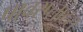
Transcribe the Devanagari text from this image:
पावरप्लांट्स